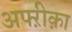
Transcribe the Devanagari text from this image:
अफ्ऱीक़ा